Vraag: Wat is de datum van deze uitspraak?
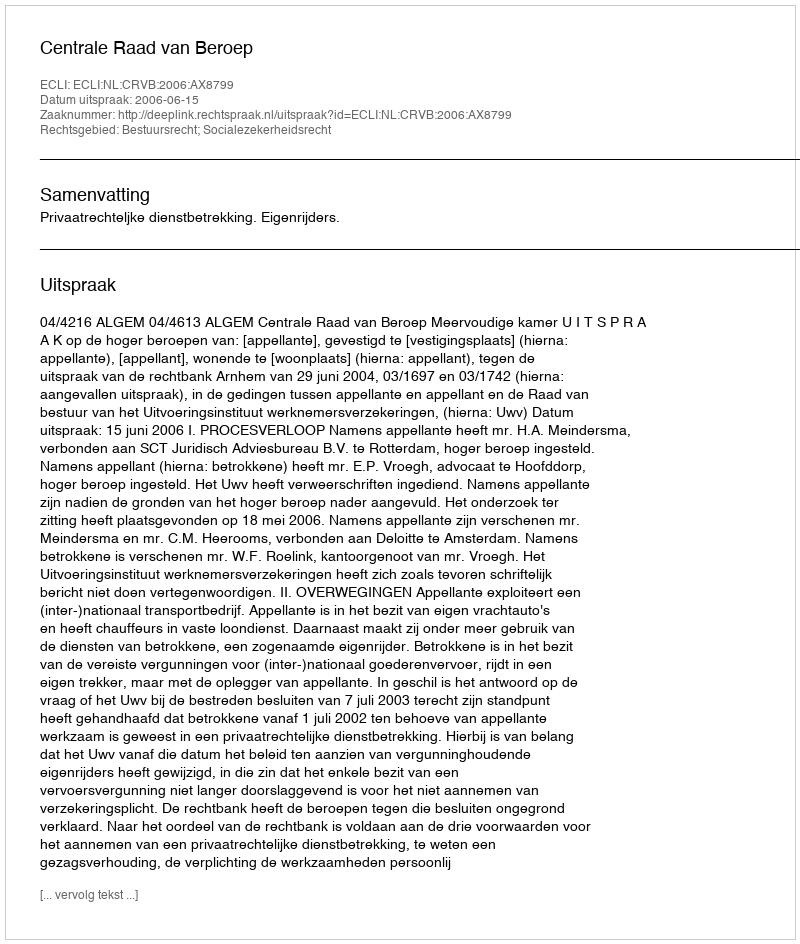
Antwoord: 2006-06-15